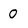
Character: O